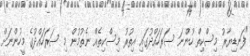
"ފަނޑިޔާރު މިސްކިތް ހުންނަ ސަރަހައްދުގައި އިތުރު މިސްކިތެއް ނެތުމުން މި ސަރަހައްދުގެ މީހުންނަށް